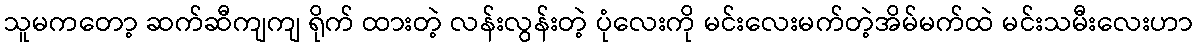
သူမကတော့ ဆက်ဆီကျကျ ရိုက် ထားတဲ့ လန်းလွန်းတဲ့ ပုံလေးကို မင်းလေးမက်တဲ့အိမ်မက်ထဲ မင်းသမီးလေးဟာ